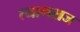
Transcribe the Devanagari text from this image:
त्‍यागराज